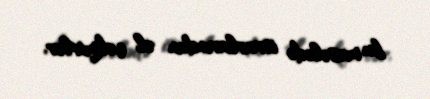
bu məsələdə israrlarından əl çəkmirlər.